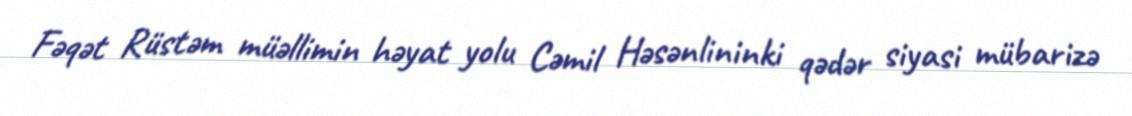
Fəqət Rüstəm müəllimin həyat yolu Cəmil Həsənlininki qədər siyasi mübarizə